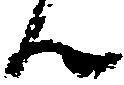
ん